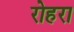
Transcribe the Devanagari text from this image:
रोहरा